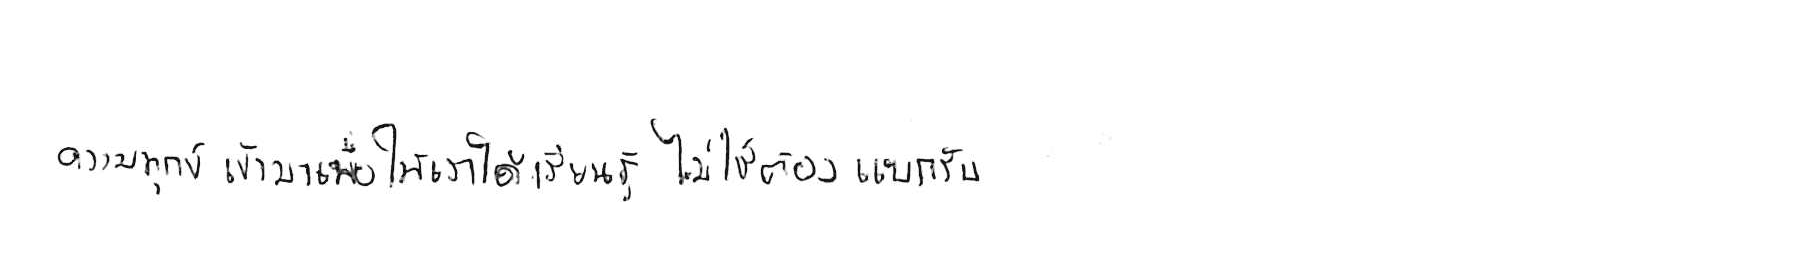
ความทุกข์ เข้ามาเพื่อให้เราได้ เรียนรู้ ไม่ใช่ต้อง แบกรับ